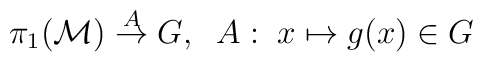
\pi_{1}({\cal M})\stackrel{A}{\rightarrow}G,\;\;A:\;x\mapsto g(x)\in G